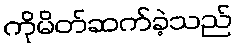
ကိုမိတ်ဆက်ခဲ့သည်